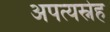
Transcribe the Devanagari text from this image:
अपत्यस्नेह